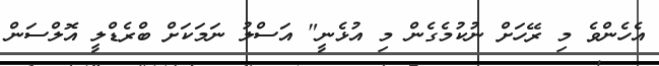
އެހެންވެ މި ރޭހަށް ނުކުމެގެން މި އުޅެނީ" އަސްލު ނަމަކަށް ބްރެޑްލީ އޮލްސަން